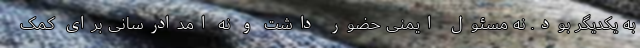
به یکدیگر بود. نه مسئولِ ایمنی حضور داشت و نه امدادرسانی برای کمک